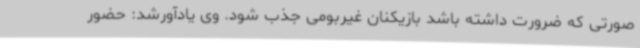
صورتی که ضرورت داشته باشد بازیکنان غیربومی جذب شود. وی یادآورشد: حضور